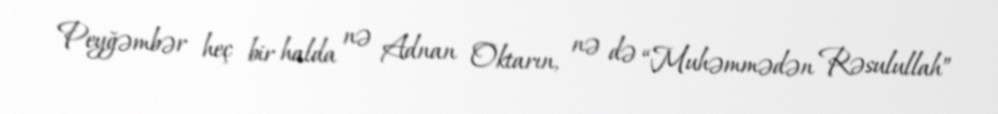
Peyğəmbər heç bir halda nə Adnan Oktarın, nə də “Muhəmmədən Rəsulullah”